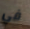
في